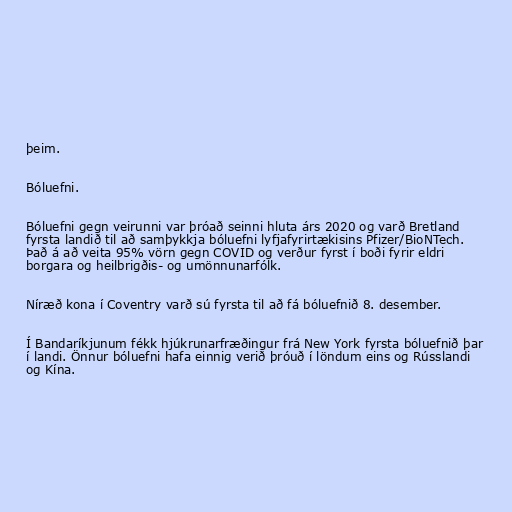
þeim.

Bóluefni.

Bóluefni gegn veirunni var þróað seinni hluta árs 2020 og varð Bretland
fyrsta landið til að samþykkja bóluefni lyfjafyrirtækisins Pfizer/BioNTech.
Það á að veita 95% vörn gegn COVID og verður fyrst í boði fyrir eldri
borgara og heilbrigðis- og umönnunarfólk.

Níræð kona í Coventry varð sú fyrsta til að fá bóluefnið 8. desember.

Í Bandaríkjunum fékk hjúkrunarfræðingur frá New York fyrsta bóluefnið þar
í landi. Önnur bóluefni hafa einnig verið þróuð í löndum eins og Rússlandi
og Kína.